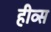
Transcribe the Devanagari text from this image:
हीव्स